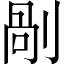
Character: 剮